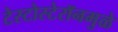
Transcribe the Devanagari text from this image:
टेस्टोस्टेरॉनमुळे